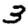
Digit: 3